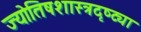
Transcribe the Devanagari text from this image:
ज्योतिषशास्त्रदृष्ट्या